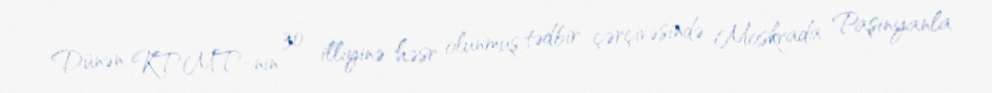
Dünən KTMT-nin 30 illiyinə həsr olunmuş tədbir çərçivəsində Moskvada Paşinyanla